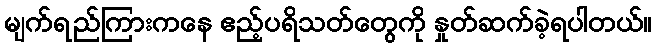
မျက်ရည်ကြားကနေ ဧည့်ပရိသတ်တွေကို နှုတ်ဆက်ခဲ့ရပါတယ်။